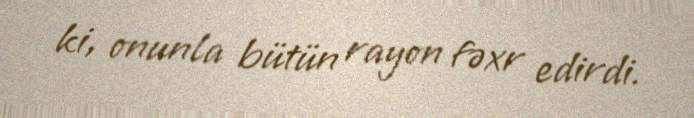
ki, onunla bütün rayon fəxr edirdi.